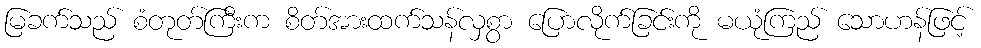
မြခက်သည် စံတုတ်ကြီးက စိတ်အားထက်သန်လှစွာ ပြောလိုက်ခြင်းကို မယုံကြည် သောဟန်ဖြင့်